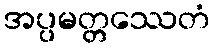
အပ္ပမတ္တဿေတံ